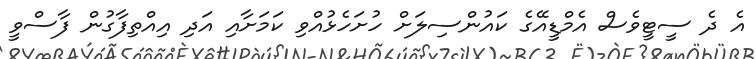
އެ ދެ ސީޓީވެސް އެމްޑީއޭގެ ކައުންސިލަށް ހުށަހެޅުއްވި ކަމަށާއި އަދި އިއްތިފާގުން ފާސްވީ